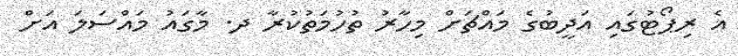
އެ ރިޕޯޓުގައި އަދީބުގެ މައްޗަށް މިހާރު ތުހުމަތުކުރާ ދ. މާގައު މައްސަލަ އަށް